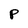
Character: P